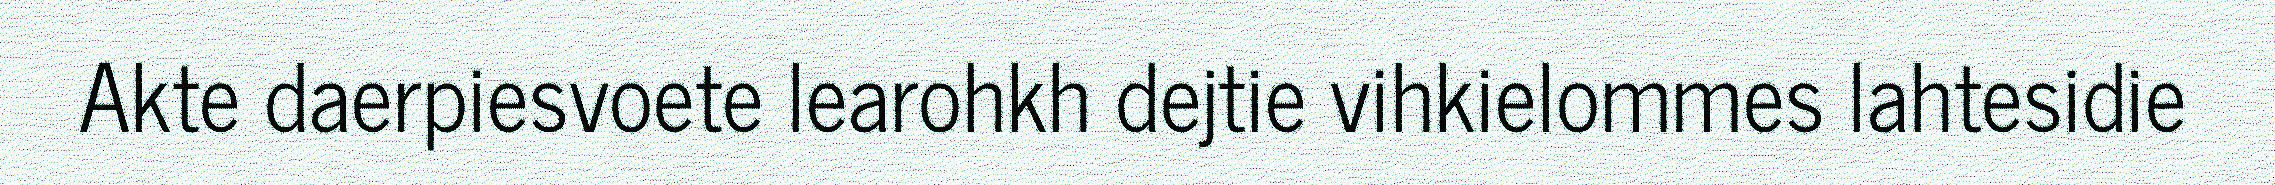
Akte daerpiesvoete learohkh dejtie vihkielommes lahtesidie